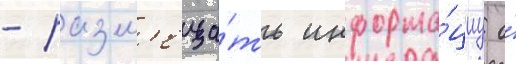
- разм'еща́ть информа́циу о́